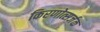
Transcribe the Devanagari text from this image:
किरणोत्सर्जक